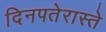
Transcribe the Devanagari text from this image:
दिनपतेरास्ते